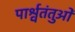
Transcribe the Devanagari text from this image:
पार्श्वतंतुओं